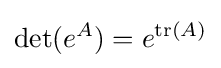
\det(e^{A})=e^{\operatorname {tr} (A)}